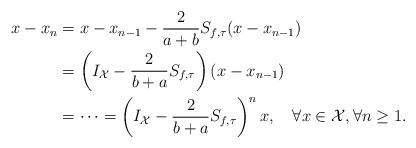
LaTeX: \begin{align*}x-x_n&=x-x_{n-1}-\frac{2}{a+b}S_{f, \tau}(x-x_{n-1})\\&=\left(I_\mathcal{X} -\frac{2}{b+a}S_{f,\tau}\right)(x-x_{n-1})\\&=\cdots=\left(I_\mathcal{X} -\frac{2}{b+a}S_{f, \tau}\right)^nx, \quad\forall x \in \mathcal{X} , \forall n \geq 1.\end{align*}